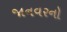
જાનવરનો